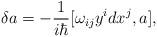
LaTeX: \begin{align*}\delta a=-\frac 1{i\hbar }[\omega _{ij}y^idx^j,a], \end{align*}